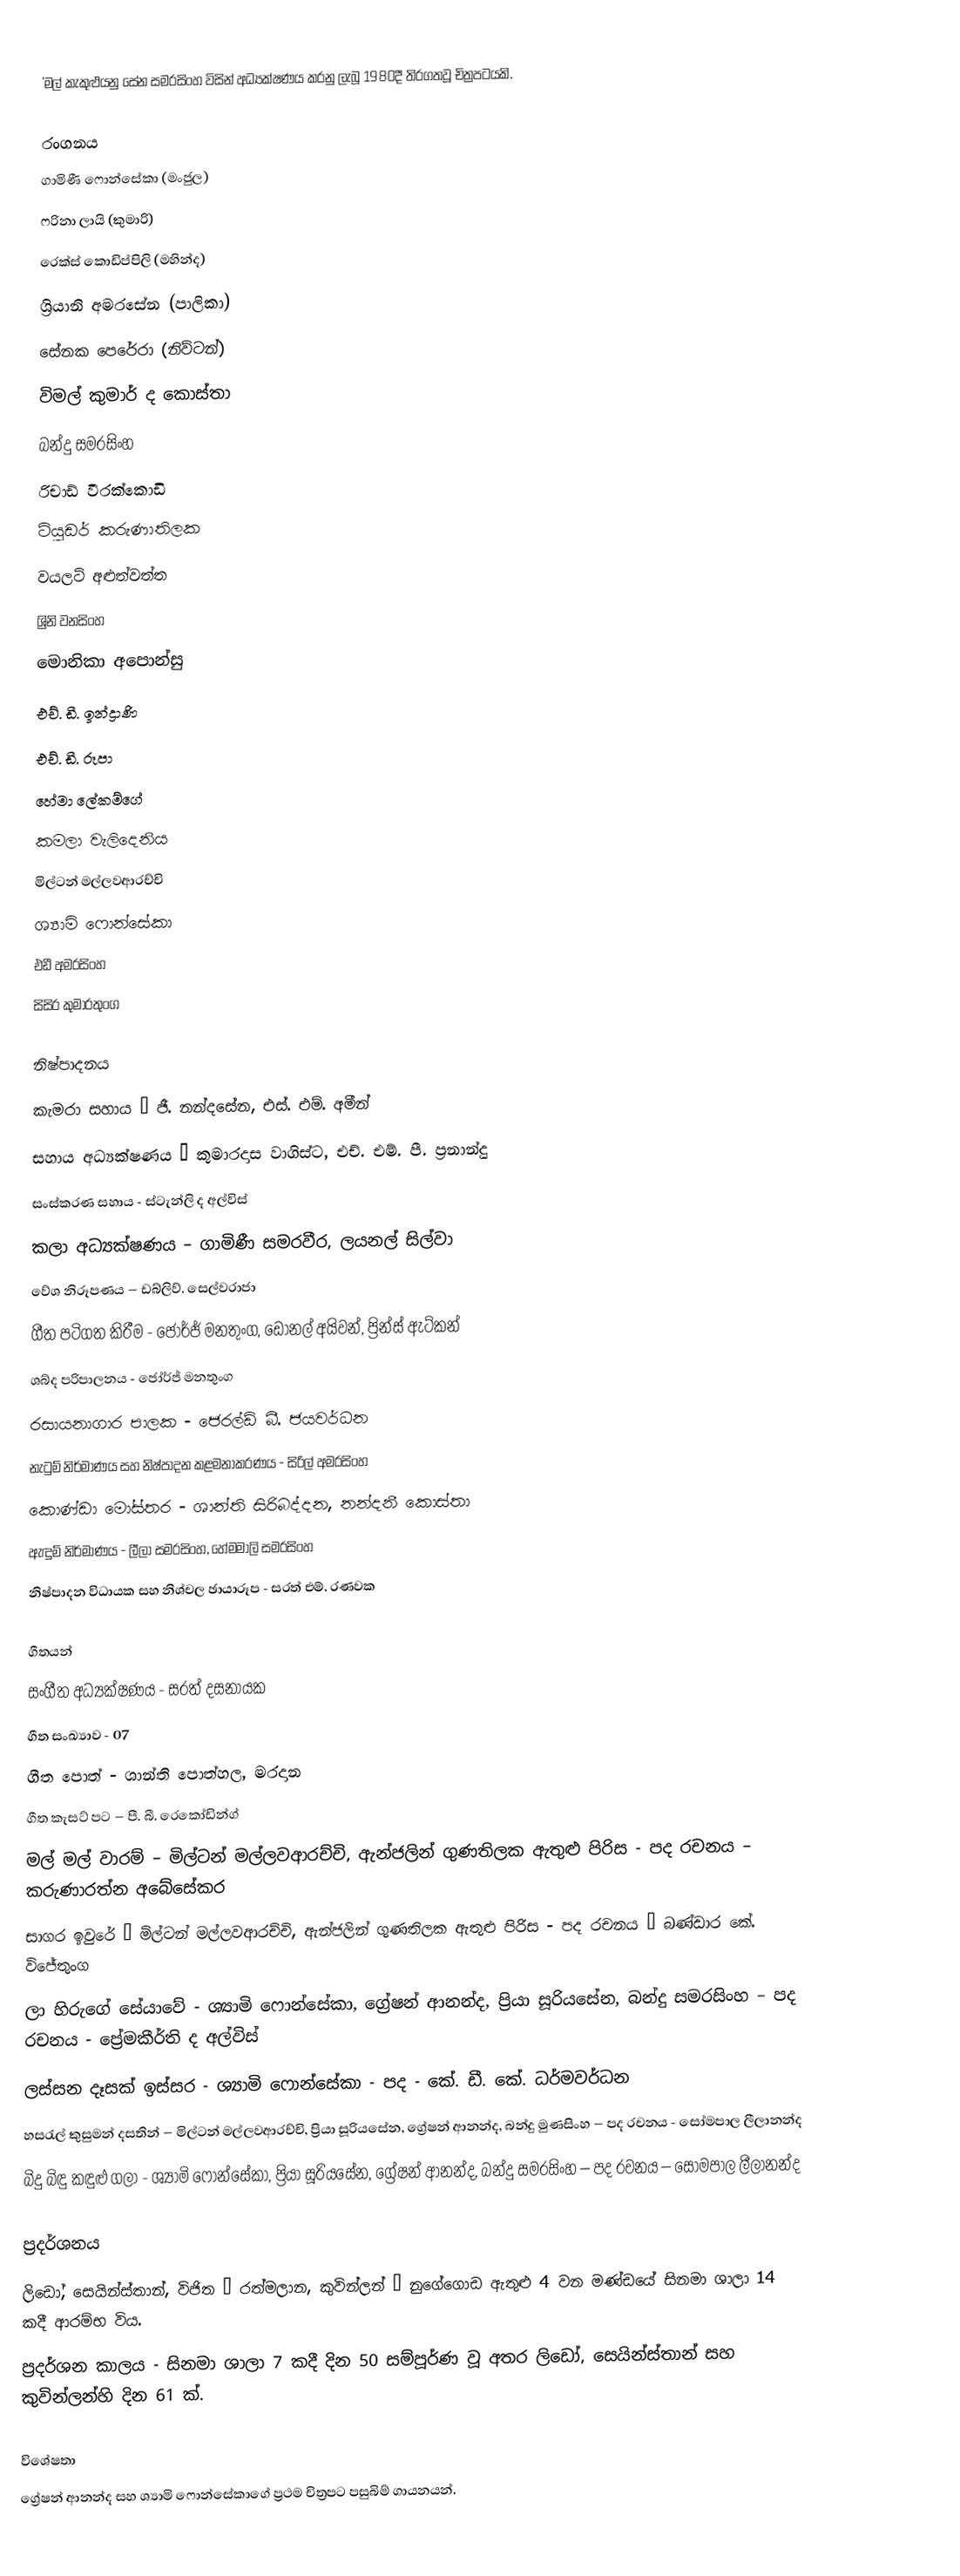
'මල් කැකුළුයනු සේන සමරසිංහ විසින් අධ්‍යක්ෂණය කරනු ලැබූ 1980දී තිරගතවූ චිත්‍රපටයකි.

රංගනය
ගාමිණී ෆොන්සේකා (මංජුල)
ෆරිනා ලායි (කුමාරි)
රෙක්ස් කොඩිප්පිලි (මහින්ද)
ශ්‍රියානි අමරසේන (පාලිකා)
සේනක පෙරේරා (නිව්ටන්)
විමල් කුමාර් ද කොස්තා
බන්දු සමරසිංහ
රිචාඩ් වීරක්කොඩි
ටියුඩර් කරුණාතිලක
වයලට් අළුත්වත්ත
ශ්‍රිනි වනසිංහ
මොනිකා අපොන්සු
එච්. ඩී. ඉන්ද්‍රාණි
එච්. ඩී. රූපා
හේමා ලේකම්ගේ
කමලා වැලිදෙනිය
මිල්ටන් මල්ලවආරච්චි
ශ්‍යාමි ෆොන්සේකා
එඩී අමරසිංහ
සිසිර කුමාරතුංග

නිෂ්පාදනය
කැමරා සහාය – ජී. නන්දසේන, එස්. එම්. අමීන්
සහාය අධ්‍යක්ෂණය – කුමාරදාස වාගිස්ට, එච්. එම්. පී. ප්‍රනාන්දු
සංස්කරණ සහාය - ස්ටැන්ලි ද අල්විස්
කලා අධ්‍යක්ෂණය – ගාමිණී සමරවීර, ලයනල් සිල්වා
වේශ නිරූපණය – ඩබ්ලිව්. සෙල්වරාජා
ගීත පටිගත කිරීම - ජෝර්ජ් මනතුංග, ඩොනල් අයිවන්, ප්‍රින්ස් ඇට්කන්
ශබ්ද පරිපාලනය - ජෝර්ජ් මනතුංග
රසායනාගාර පාලක - ජෙරල්ඩ් බී. ජයවර්ධන
නැටුම් නිර්මාණය සහ නිෂ්පාදන කළමනාකරණය - සිරිල් අමරසිංහ
කොණ්ඩා මෝස්තර - ශාන්ති සිරිබද්දන, නන්දනී කොස්තා
ඇඳුම් නිර්මාණය - ලීලා සමරසිංහ, හේමමාලි සමරසිංහ
නිෂ්පාදන විධායක සහ නිශ්චල ඡායාරූප - සරත් එම්. රණවක

ගීතයන්
සංගීත අධ්‍යක්ෂණය - සරත් දසනායක
ගීත සංඛ්‍යාව - 07
ගීත පොත් - ශාන්ති පොත්හල, මරදාන
ගීත කැසට් පට – පී. බී. රෙකෝඩින්ග්
මල් මල් වාරම් – මිල්ටන් මල්ලවආරච්චි, ඇන්ජලින් ගුණතිලක ඇතුළු පිරිස - පද රචනය – කරුණාරත්න අබේසේකර
සාගර ඉවුරේ – මිල්ටන් මල්ලවආරච්චි, ඇන්ජලින් ගුණතිලක ඇතුළු පිරිස - පද රචනය – බණ්ඩාර කේ. විජේතුංග
ලා හිරුගේ සේයාවේ - ශ්‍යාමි ෆොන්සේකා, ග්‍රේෂන් ආනන්ද, ප්‍රියා සූරියසේන, බන්දු සමරසිංහ – පද රචනය - ප්‍රේමකීර්ති ද අල්විස්
ලස්සන දෑසක් ඉස්සර - ශ්‍යාමි ෆොන්සේකා - පද - කේ. ඩී. කේ. ධර්මවර්ධන
හසරැල් කුසුමන් දසතින් – මිල්ටන් මල්ලවආරච්චි, ප්‍රියා සූරියසේන, ග්‍රේෂන් ආනන්ද, බන්දු මුණසිංහ – පද රචනය - සෝමපාල ලීලානන්ද
බිදු බිඳු කඳුළු ගලා - ශ්‍යාමි ෆොන්සේකා, ප්‍රියා සූරියසේන, ග්‍රේෂන් ආනන්ද, බන්දු සමරසිංහ – පද රචනය – සෝමපාල ලීලානන්ද

ප්‍රදර්ශනය
ලිඩෝ, සෙයින්ස්තාන්, විජිත – රත්මලාන, කුවින්ලන් – නුගේගොඩ ඇතුළු 4 වන මණ්ඩයේ සිනමා ශාලා 14 කදී ආරම්භ විය.
ප්‍රදර්ශන කාලය - සිනමා ශාලා 7 කදී දින 50 සම්පූර්ණ වූ අතර ලිඩෝ, සෙයින්ස්තාන් සහ කුවින්ලන්හි දින 61 ක්.

විශේෂතා
ග්‍රේෂන් ආනන්ද සහ ශ්‍යාමි ෆොන්සේකාගේ ප්‍රථම චිත්‍රපට පසුබිම් ගායනයන්.